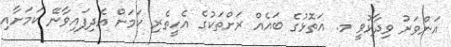
އަންވަރު ވިދާޅުވީ މ. އަތޮޅުގެ ބައެއް ރަށްތަކުގެ އެހީތެރި ކަމަަށް އެދިފައިވާނޭ ކަމަށާއި